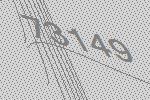
73149